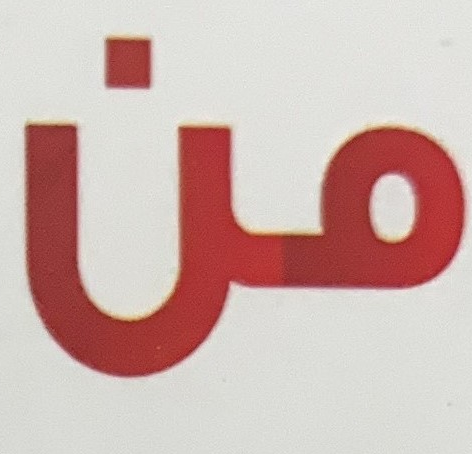
من